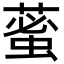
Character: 𦸞